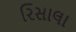
રિસાલા